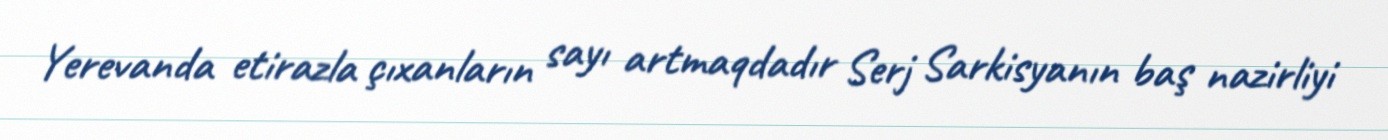
Yerevanda etirazla çıxanların sayı artmaqdadır Serj Sarkisyanın baş nazirliyi